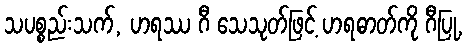
သပစ္စည်းသက်, ဟရဿ ဂီ သေသုတ်ဖြင့် ဟရဓာတ်ကို ဂီပြု,